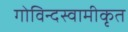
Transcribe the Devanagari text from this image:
गोविन्दस्वामीकृत